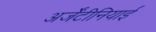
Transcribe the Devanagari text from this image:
अर्जेंटीनियाई